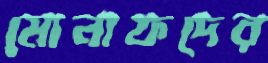
মোনাফদের